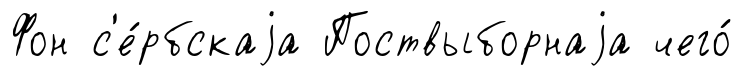
Фон с'е́рбскаjа Поствыборнаjа чего́